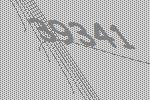
39341